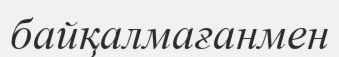
байқалмағанмен